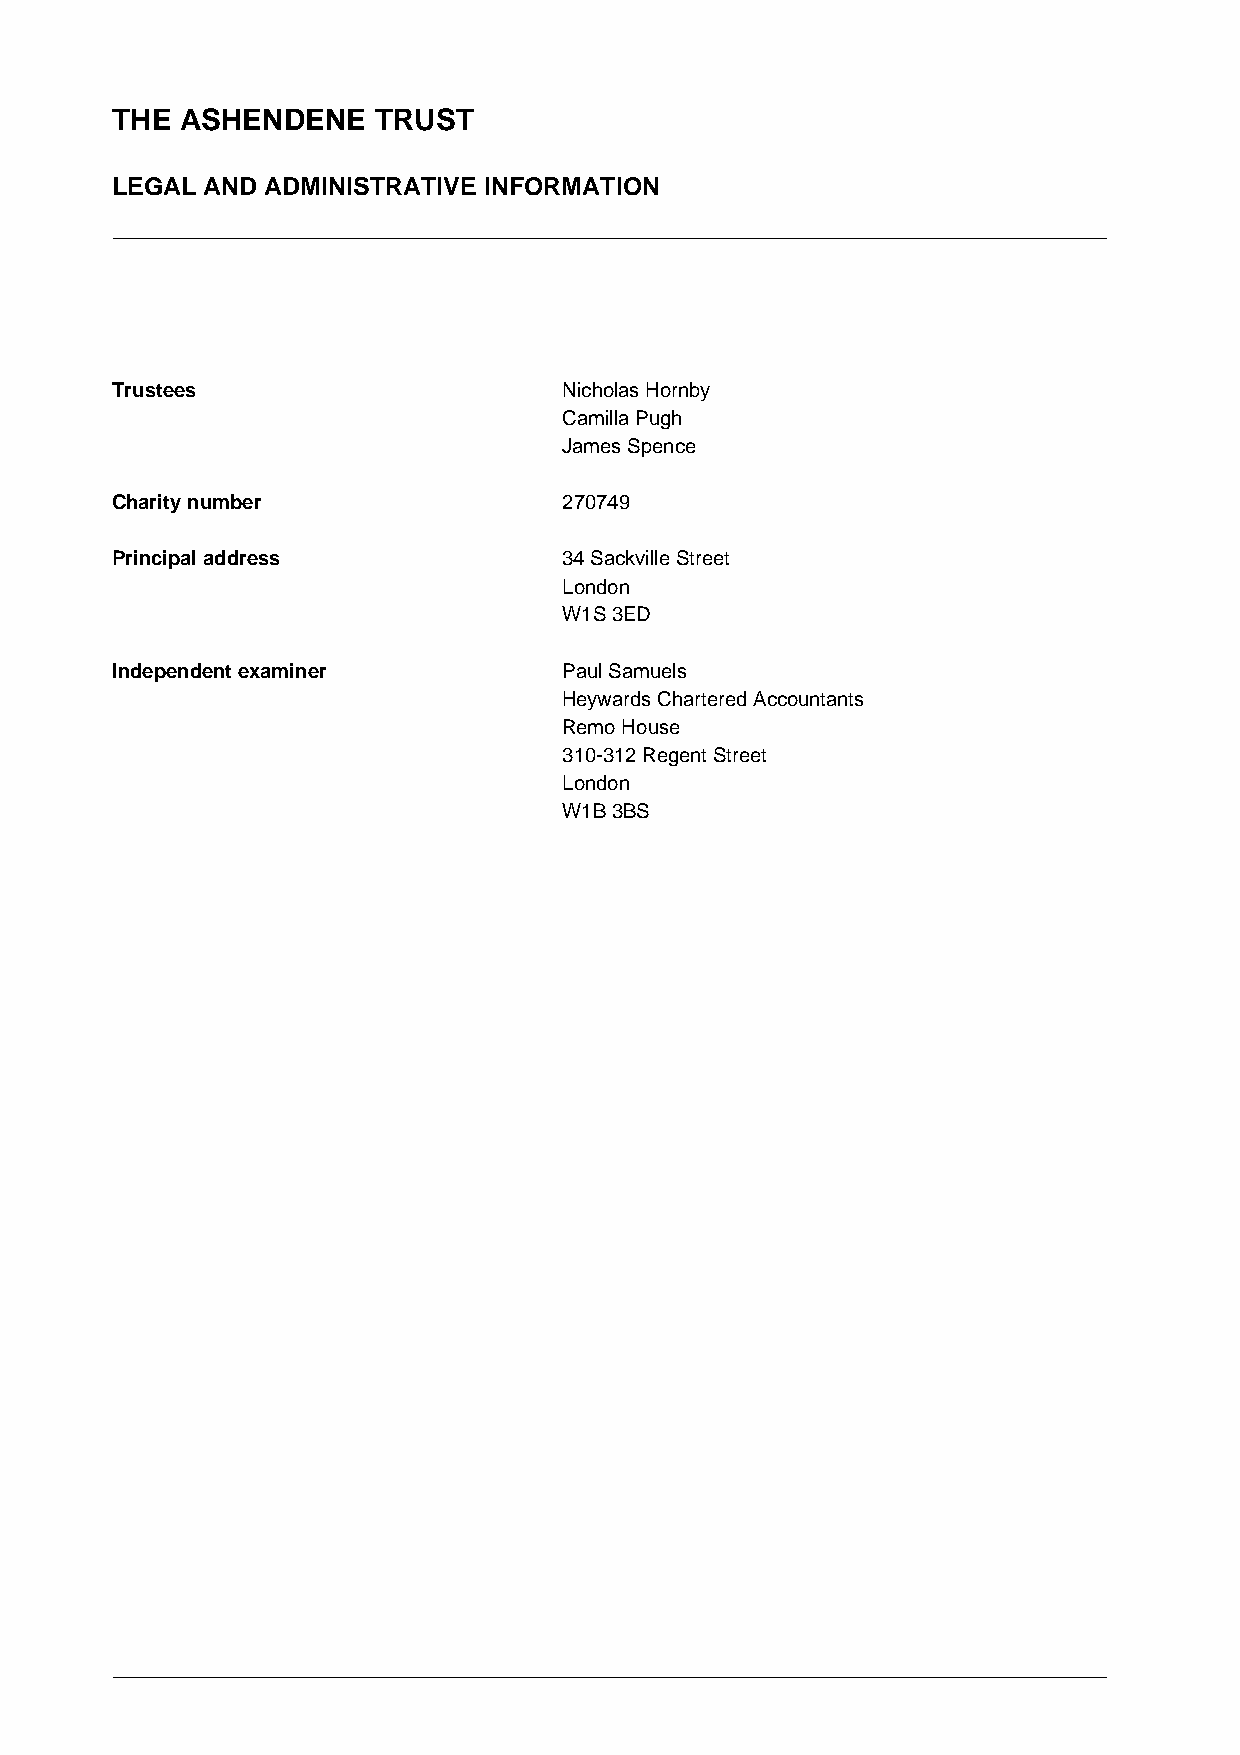
THE  ASHENDENE    TRUST
 LEGAL AND  ADMINISTRATIVE INFORMATION
 Trustees                      Nicholas Hornby
 Camilla Pugh
 James Spence
 Charity number                270749
 Principal address             34 Sackville Street
 London
 W1S 3ED
 Independent examiner          Paul Samuels
 Heywards Chartered Accountants
 Remo House
 310-312 Regent Street
 London
 W1B 3BS